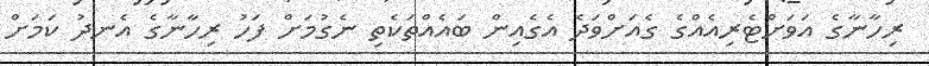
ރިހާނާގެ އަވަށްޓެރިއެއްގެ ގެއަށްވަދެ އެގެއިން ބައެއްތަކެތި ނެގުމަށް ފަހު ރިހާނާގެ އެނދު ކަމަށް